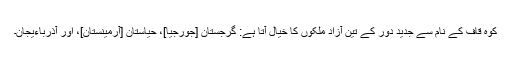
کوہ قاف کے نام سے جدید دور کے تین آزاد ملکوں کا خیال آتا ہے: گرجستان [جورجیا]، حیاستان [آرمینستان]، اور آذرباءیجان۔